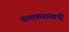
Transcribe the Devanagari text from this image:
चालकतामापी